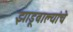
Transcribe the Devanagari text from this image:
झाडूवाल्यांचे